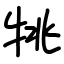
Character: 𤙔